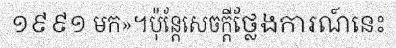
១៩៩១ មក»។ប៉ុន្តែសេចក្តីថ្លែងការណ៍នេះ